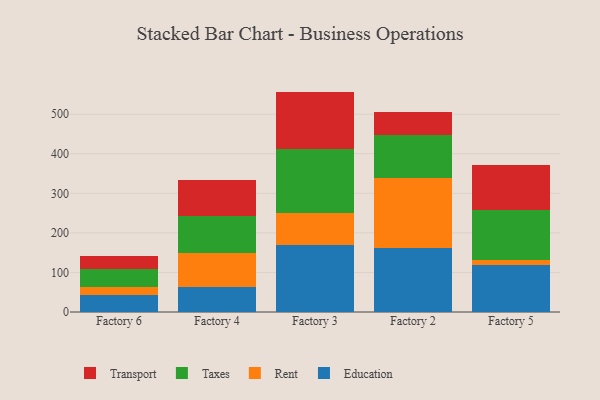
{"axis": {"x": "Factory", "y": "Temperature (°C)"}, "legend": ["Education", "Rent", "Taxes", "Transport"], "data": [{"x": "Factory 6", "y": 41.9, "type": "Education"}, {"x": "Factory 6", "y": 21.4, "type": "Rent"}, {"x": "Factory 6", "y": 45.4, "type": "Taxes"}, {"x": "Factory 6", "y": 32.5, "type": "Transport"}, {"x": "Factory 4", "y": 63.3, "type": "Education"}, {"x": "Factory 4", "y": 85.8, "type": "Rent"}, {"x": "Factory 4", "y": 94.0, "type": "Taxes"}, {"x": "Factory 4", "y": 89.9, "type": "Transport"}, {"x": "Factory 3", "y": 168.7, "type": "Education"}, {"x": "Factory 3", "y": 81.4, "type": "Rent"}, {"x": "Factory 3", "y": 160.8, "type": "Taxes"}, {"x": "Factory 3", "y": 146.2, "type": "Transport"}, {"x": "Factory 2", "y": 162.0, "type": "Education"}, {"x": "Factory 2", "y": 175.8, "type": "Rent"}, {"x": "Factory 2", "y": 110.3, "type": "Taxes"}, {"x": "Factory 2", "y": 58.0, "type": "Transport"}, {"x": "Factory 5", "y": 119.7, "type": "Education"}, {"x": "Factory 5", "y": 10.8, "type": "Rent"}, {"x": "Factory 5", "y": 128.4, "type": "Taxes"}, {"x": "Factory 5", "y": 113.6, "type": "Transport"}]}